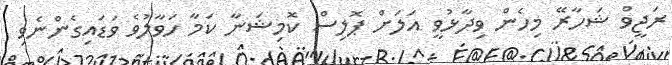
ރަޖީވް ޝަހާރޭ މިހެން ވިދާޅުވީ އަލަށް ޕޮލިސް ކޮމިޝަނާ ކަމާ ހަވާލުވެ ވަޑައިގެންނެވި